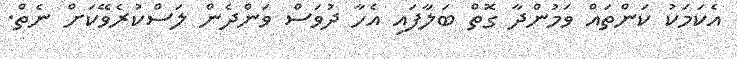
އެކަމަކު ކަންތައް ވަމުންދާ ގޮތް ބަލާފައި އެހާ ދުވަސް ވަންދެން ލަސްކުރެވޭކަށް ނެތް.